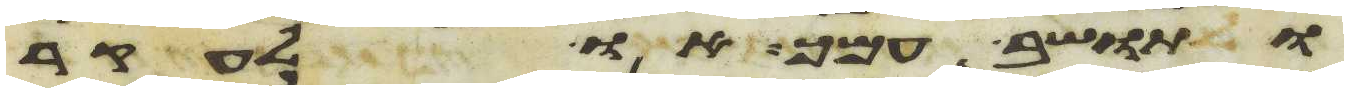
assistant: ותושב עמך או לעקר